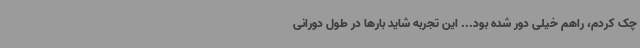
چک کردم، راهم خیلی دور شده بود... این تجربه شاید بارها در طول دورانی